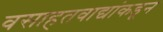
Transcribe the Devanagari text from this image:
वसाहतवाद्यांकडून